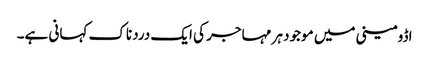
اڈومینی میں موجود ہر مہاجر کی ایک دردناک کہانی ہے۔